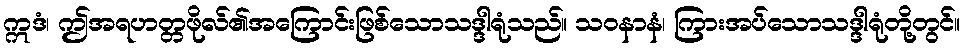
ဣဒံ၊ ဤအရဟတ္တဖိုလ်၏အကြောင်းဖြစ်သောသဒ္ဒါရုံသည်။ သဝနာနံ၊ ကြားအပ်သောသဒ္ဒါရုံတို့တွင်။